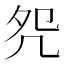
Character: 𠙀